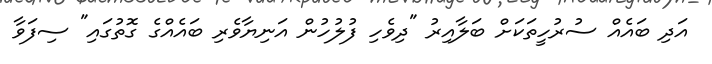
އަދި ބައެއް ސުރުހީތަކަށް ބަލާއިރު "ދިވެހި ފުލުހުން އަނިޔާވެރި ބައެއްގެ ގޮތުގައި" ސިފަވާ